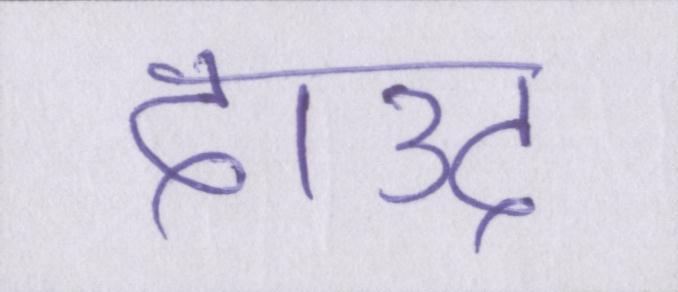
दाउद